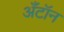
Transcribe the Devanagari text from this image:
अँटॉन